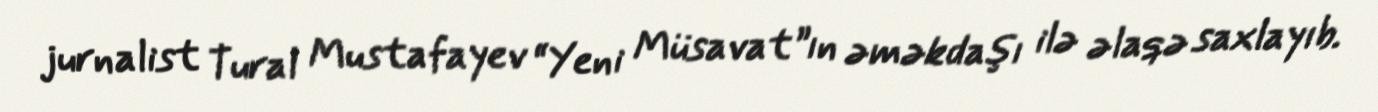
jurnalist Tural Mustafayev “Yeni Müsavat”ın əməkdaşı ilə əlaqə saxlayıb.